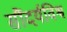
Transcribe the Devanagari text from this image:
सौंदर्यविश्व